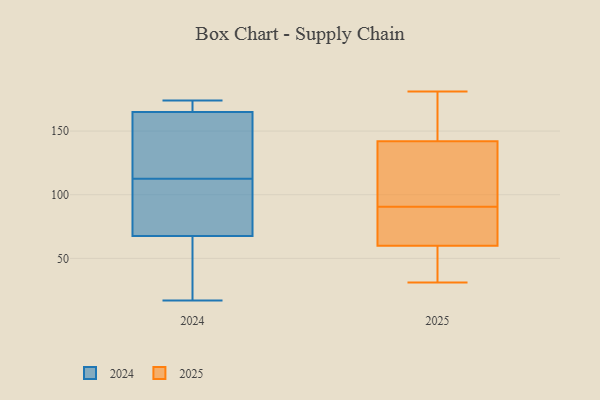
{"axis": {"x": "Humidity (%)", "y": "Value"}, "legend": ["2024", "2025"], "data": [{"x": "", "y": 148, "type": "2024"}, {"x": "", "y": 173, "type": "2024"}, {"x": "", "y": 174, "type": "2024"}, {"x": "", "y": 170, "type": "2024"}, {"x": "", "y": 40, "type": "2024"}, {"x": "", "y": 163, "type": "2024"}, {"x": "", "y": 167, "type": "2024"}, {"x": "", "y": 116, "type": "2024"}, {"x": "", "y": 17, "type": "2024"}, {"x": "", "y": 94, "type": "2024"}, {"x": "", "y": 63, "type": "2024"}, {"x": "", "y": 36, "type": "2024"}, {"x": "", "y": 150, "type": "2024"}, {"x": "", "y": 109, "type": "2024"}, {"x": "", "y": 72, "type": "2024"}, {"x": "", "y": 89, "type": "2024"}, {"x": "", "y": 169, "type": "2025"}, {"x": "", "y": 80, "type": "2025"}, {"x": "", "y": 31, "type": "2025"}, {"x": "", "y": 60, "type": "2025"}, {"x": "", "y": 171, "type": "2025"}, {"x": "", "y": 41, "type": "2025"}, {"x": "", "y": 142, "type": "2025"}, {"x": "", "y": 75, "type": "2025"}, {"x": "", "y": 101, "type": "2025"}, {"x": "", "y": 181, "type": "2025"}, {"x": "", "y": 69, "type": "2025"}, {"x": "", "y": 103, "type": "2025"}, {"x": "", "y": 102, "type": "2025"}, {"x": "", "y": 52, "type": "2025"}]}